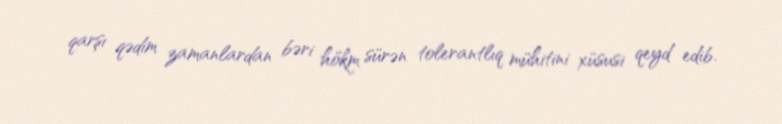
qarşı qədim zamanlardan bəri hökm sürən tolerantlıq mühitini xüsusi qeyd edib.